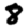
Digit: 8